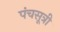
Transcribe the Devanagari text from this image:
पंचसूत्री